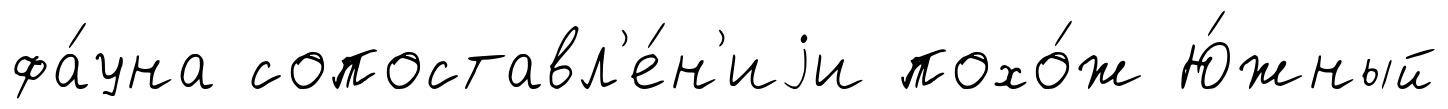
фа́уна сопоставл'е́н'иjи похо́ж Ю́жный